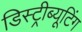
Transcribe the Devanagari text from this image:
डिस्ट्रीब्यूटिंग